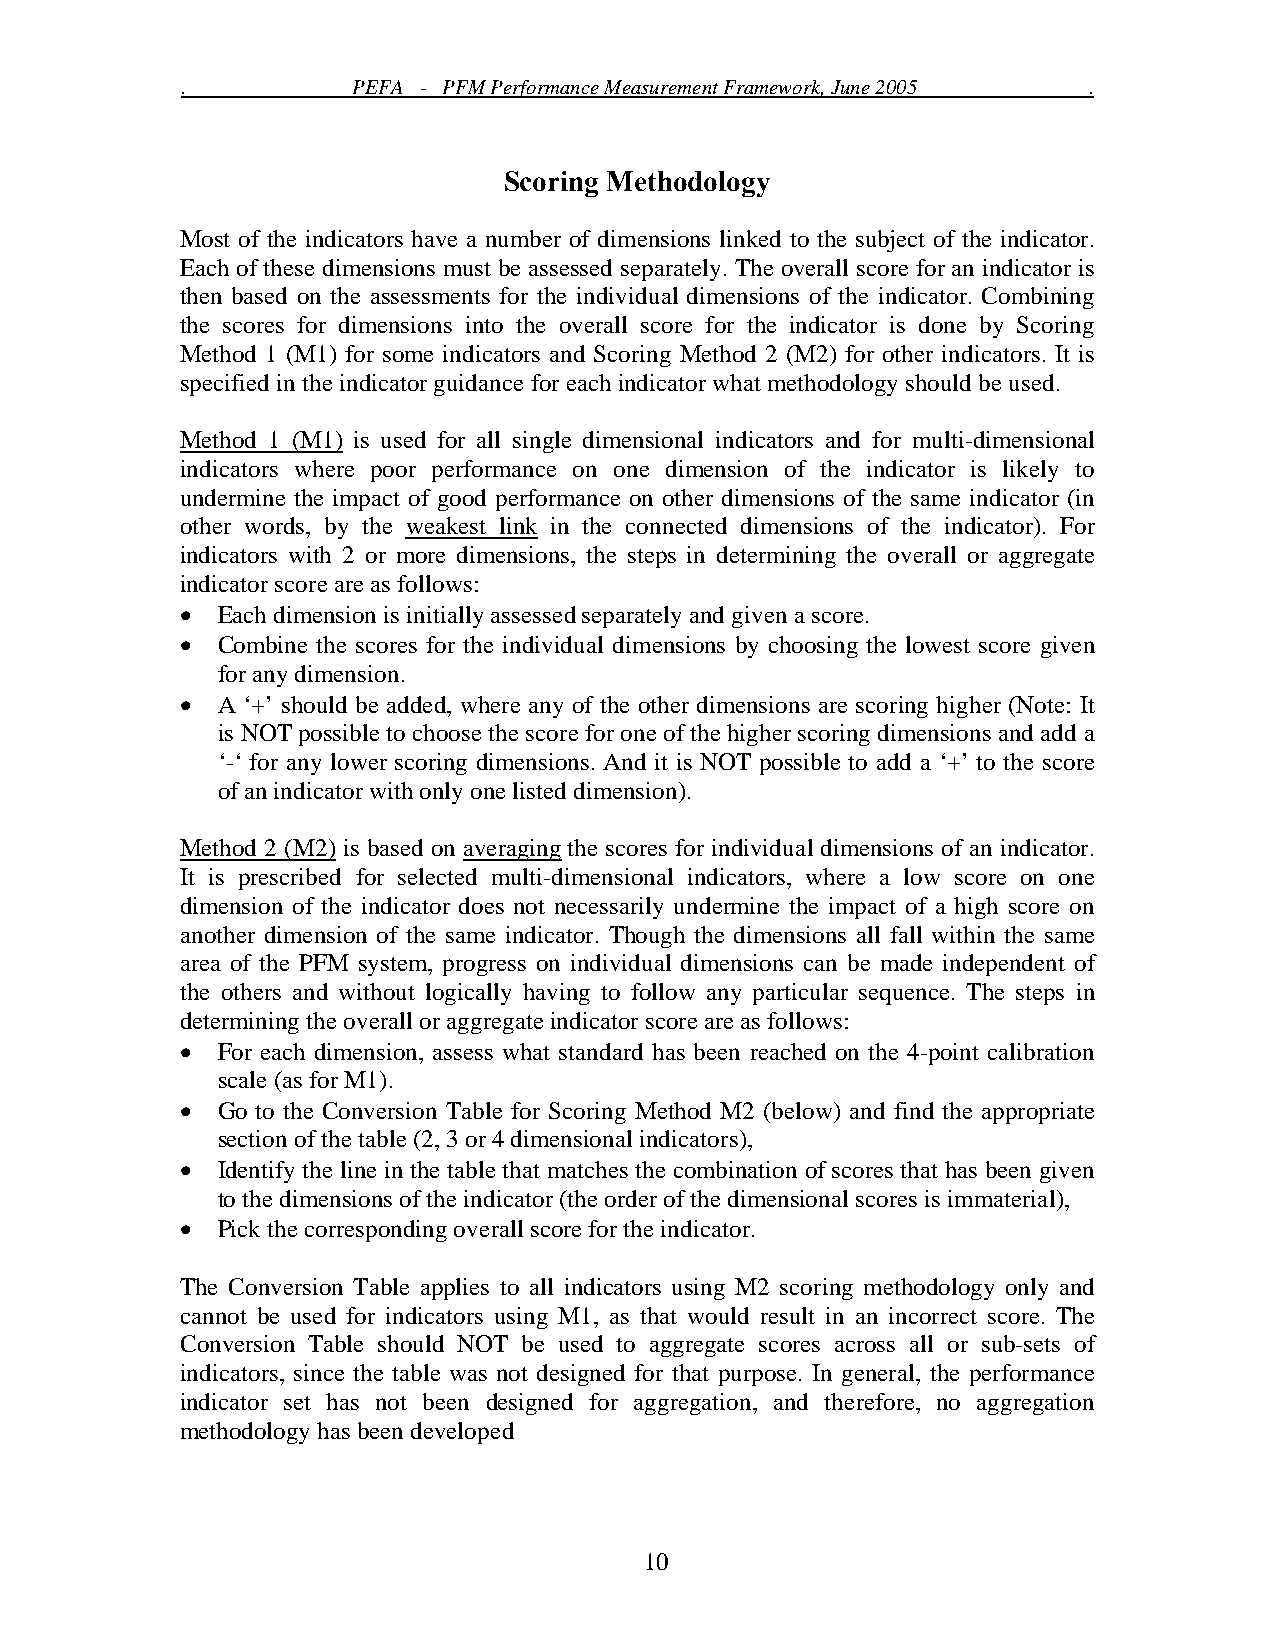
.          PEFA - PFM Performance Measurement Framework, June 2005 .
 Scoring Methodology
 Most of the indicators have a number of dimensions linked to the subject of the indicator.
 Each of these dimensions must be assessed separately. The overall score for an indicator is
 then based on the assessments for the individual dimensions of the indicator. Combining
 the scores for dimensions into the overall score for the indicator is done by Scoring
 Method 1 (M1) for some indicators and Scoring Method 2 (M2) for other indicators. It is
 specified in the indicator guidance for each indicator what methodology should be used.
 Method 1 (M1) is used for all single dimensional indicators and for multi-dimensional
 indicators where poor performance on one dimension of the indicator is likely to
 undermine the impact of good performance on other dimensions of the same indicator (in
 other words, by the weakest link in the connected dimensions of the indicator). For
 indicators with 2 or more dimensions, the steps in determining the overall or aggregate
 indicator score are as follows:
 • Each dimension is initially assessed separately and given a score.
 • Combine the scores for the individual dimensions by choosing the lowest score given
 for any dimension.
 • A ‘+’ should be added, where any of the other dimensions are scoring higher (Note: It
 is NOT possible to choose the score for one of the higher scoring dimensions and add a
 ‘-‘ for any lower scoring dimensions. And it is NOT possible to add a ‘+’ to the score
 of an indicator with only one listed dimension).
 Method 2 (M2) is based on averaging the scores for individual dimensions of an indicator.
 It is prescribed for selected multi-dimensional indicators, where a low score on one
 dimension of the indicator does not necessarily undermine the impact of a high score on
 another dimension of the same indicator. Though the dimensions all fall within the same
 area of the PFM system, progress on individual dimensions can be made independent of
 the others and without logically having to follow any particular sequence. The steps in
 determining the overall or aggregate indicator score are as follows:
 • For each dimension, assess what standard has been reached on the 4-point calibration
 scale (as for M1).
 • Go to the Conversion Table for Scoring Method M2 (below) and find the appropriate
 section of the table (2, 3 or 4 dimensional indicators),
 • Identify the line in the table that matches the combination of scores that has been given
 to the dimensions of the indicator (the order of the dimensional scores is immaterial),
 • Pick the corresponding overall score for the indicator.
 The Conversion Table applies to all indicators using M2 scoring methodology only and
 cannot be used for indicators using M1, as that would result in an incorrect score. The
 Conversion Table should NOT be used to aggregate scores across all or sub-sets of
 indicators, since the table was not designed for that purpose. In general, the performance
 indicator set has not been designed for aggregation, and therefore, no aggregation
 methodology has been developed
 10